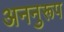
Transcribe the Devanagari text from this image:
अननुरूप